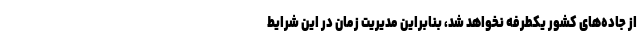
از جاده‌های کشور یکطرفه نخواهد شد، بنابراین مدیریت زمان در این شرایط